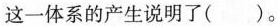
这一体系的产生说明了( )。